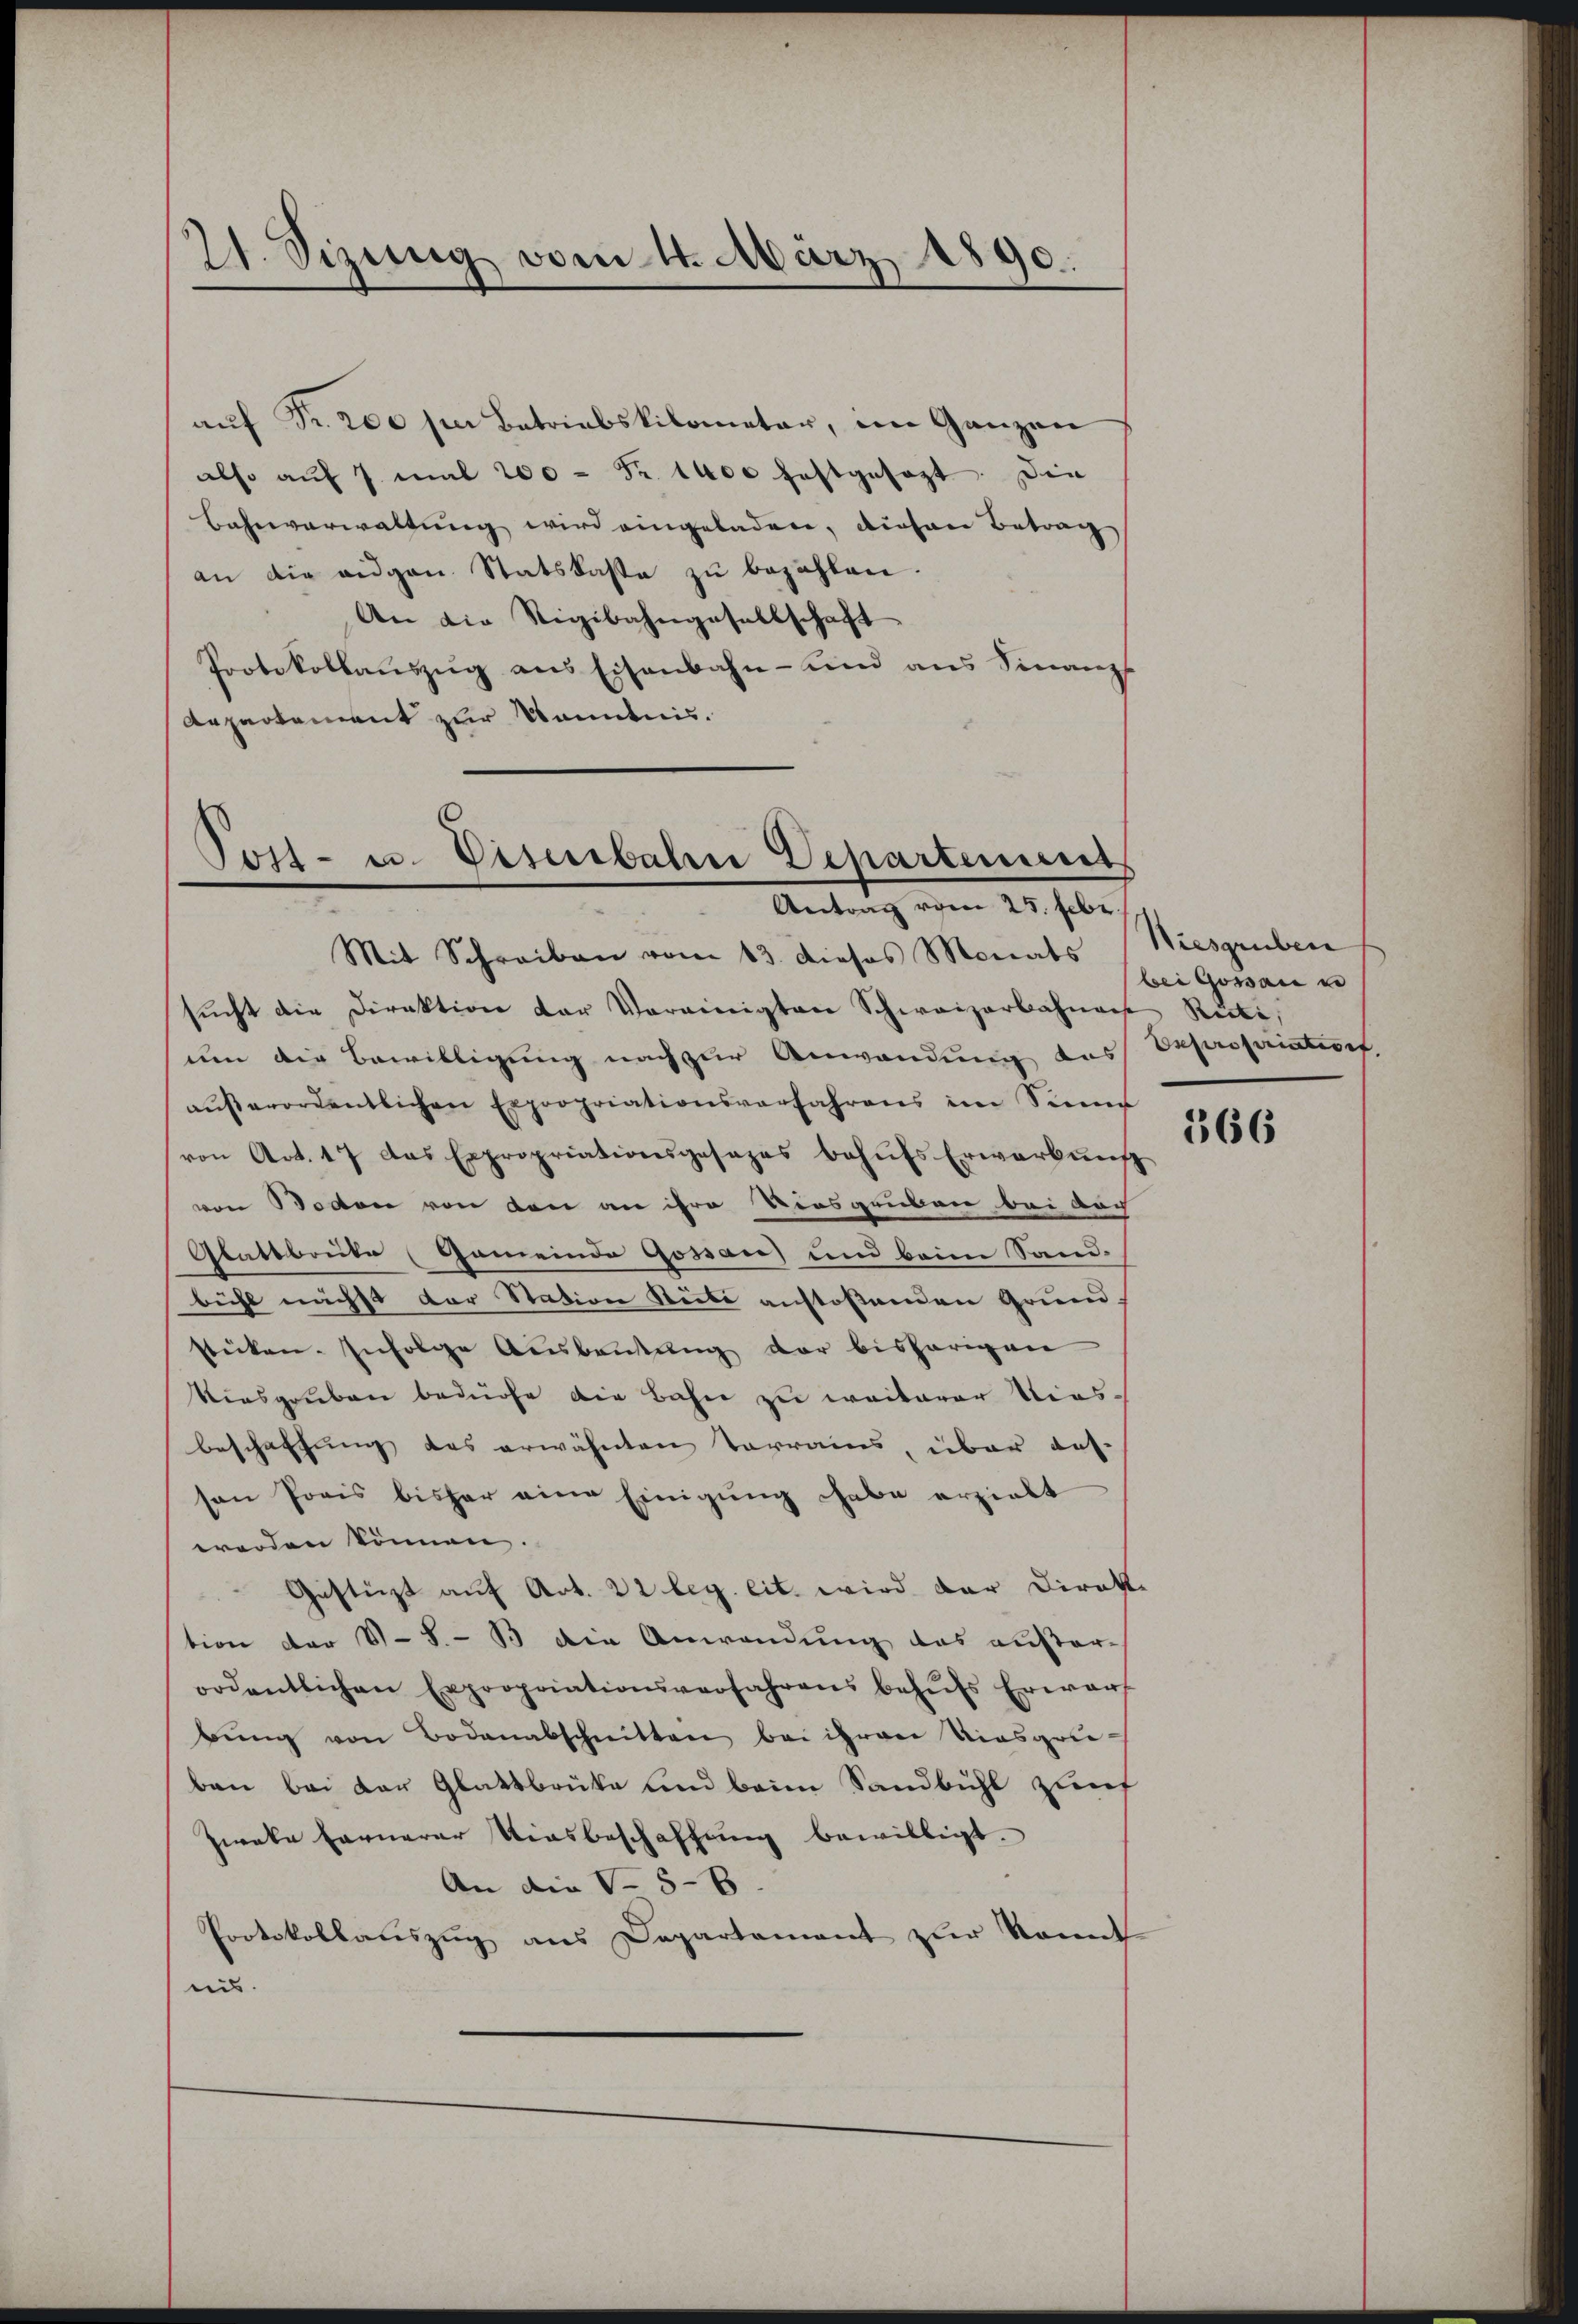
21. Sizung vom 1. März 1890.

aŭf Fr. 200 für Betriebskilometer, im Ganzen
also auf 7 mal 200 - Fr. 1400 festgesezt. Die
Bahnverwaltung wird eingeladen, diesen Betrag
an die angen Statskaste zu bezahlen.
An die Rigibahngesellschaft
Protokollaŭszŭg ans Eisenbahn- und ans Finanz
Aepartement zur Kenntnis.

Post- u. Viserbahn Departements
Antrag vom 25. Febr.
Mit Schreiben vom 13. dieses Monats Niesgruben

sŭcht die Direktion der Vereinigten Schweizerbahnen Rüti,
um die Bewilligung nach zur Anwendung des
aŭβerordentlichen Expropriationsverfahrens im Sinne
von Art. 17 das Expropriationsgesezes behŭfs Erwarbŭng
von Botten von den an ihre Kiesgruben bei doch
Glattbruke (Gemeinde Gossau) und beim Sand.
bühl nichst der Station Stube anstoßenden Grund
stücken. Infolge Aŭsbaŭtŭng der bisherigen
Kiesgruben bedürfe die Bahn zu weiterer Niesbeschaffung des erwähnten Terrains, über auf-
son Preis bisher eine Einigung habe erzielt
worden können
Gestüzt auf Art. 22 leg. eit. wird der Direkt
tion der V-S.- B die Anwendung das außer-
ordentlichen Expropriationsverfahrens behŭfs Erwarf
bŭng von Bodenabschnitten bei ihrere Kiesgruben bei der Glattbrüke und beim Sandbühl zuf
Zweke fernerer Riesbeschaffung bewilligt.
An die No 5-6
Protokollauszug aus Departement zur Kant
nis.

bei Gossau u
Bescheintref

366